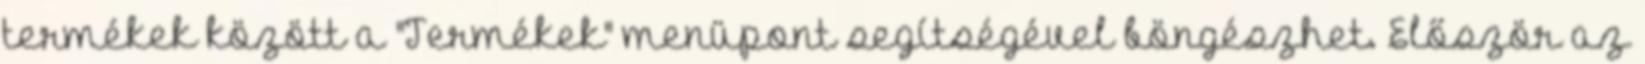
termékek között a "Termékek" menüpont segítségével böngészhet. Először az